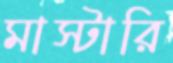
মাস্টারি